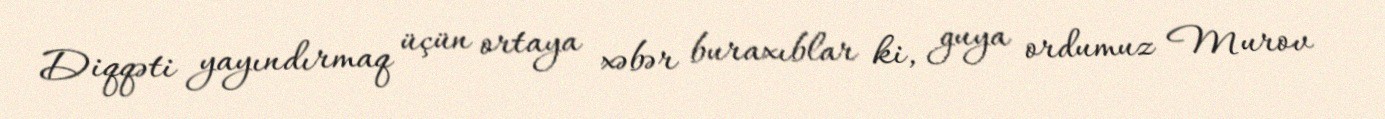
Diqqəti yayındırmaq üçün ortaya xəbər buraxıblar ki, guya ordumuz Murov